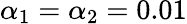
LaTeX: \alpha_{1}=\alpha_{2}=0.01